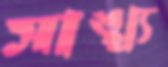
সাঙ্খ্য